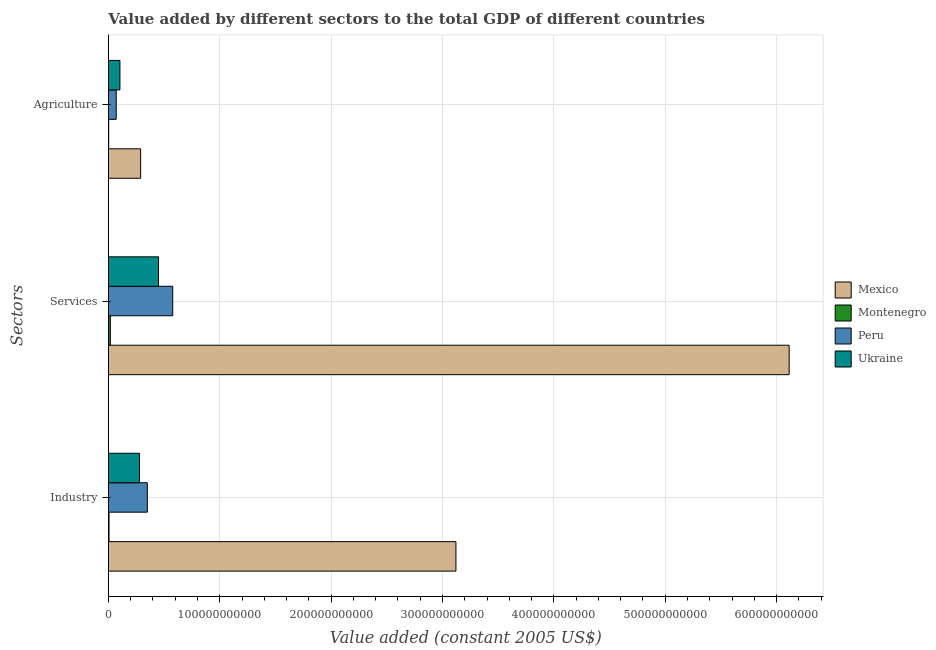
| Sectors | Mexico | Montenegro | Peru | Ukraine |
 | --- | --- | --- | --- | --- |
 | Industry | 3.12e+11 | 5.45e+08 | 3.49e+10 | 2.79e+10 |
 | Services | 6.11e+11 | 1.7e+09 | 5.77e+10 | 4.5e+10 |
 | Agriculture | 2.89e+10 | 2.27e+08 | 6.99e+09 | 1.03e+10 |